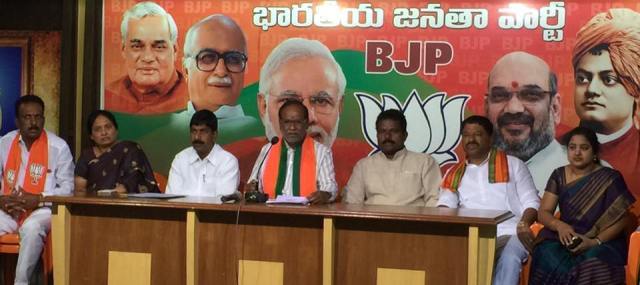
Language: telugu
Transcription: భారతీయ జనతా పార్టీ